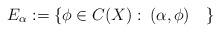
LaTeX: \begin{align*}E_\alpha:=\{\phi\in C(X):\> (\alpha,\phi) \quad\}\end{align*}